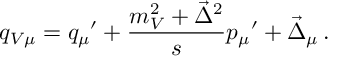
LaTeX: q _ { V \mu } = { q _ { \mu } } ^ { \prime } + { \frac { m _ { V } ^ { 2 } + \vec { \Delta } ^ { 2 } } { s } } { p _ { \mu } } ^ { \prime } + \vec { \Delta } _ { \mu } \, .